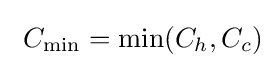
\ C_{\mathrm {min} }=\mathrm {min} (C_{h},C_{c})